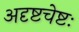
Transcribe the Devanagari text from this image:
अदृष्टचेष्टः